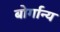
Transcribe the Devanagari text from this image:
बोर्गान्य